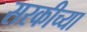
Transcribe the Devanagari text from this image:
सरकीच्या